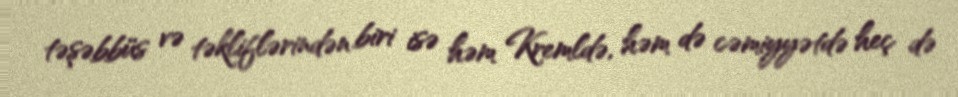
təşəbbüs və təkliflərindən biri isə həm Kremldə, həm də cəmiyyətdə heç də